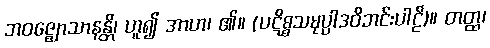
ဘဝဇ္ဈောသာနန္တိ၊ ဟူ၍ အာဟ၊ ၏။ (ပဋိစ္စသမုပ္ပါဒဝိဘင်းပါဠိ)။ တတ္ထ၊